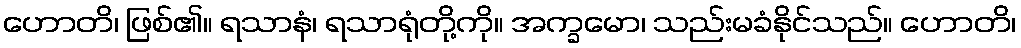
ဟောတိ၊ ဖြစ်၏။ ရသာနံ၊ ရသာရုံတို့ကို။ အက္ခမော၊ သည်းမခံနိုင်သည်။ ဟောတိ၊